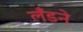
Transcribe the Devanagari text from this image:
लँडने